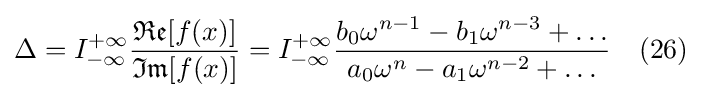
\Delta =I_{-\infty }^{+\infty }{\frac {{\mathfrak {Re}}[f(x)]}{{\mathfrak {Im}}[f(x)]}}=I_{-\infty }^{+\infty }{\frac {b_{0}\omega ^{n-1}-b_{1}\omega ^{n-3}+\ldots }{a_{0}\omega ^{n}-a_{1}\omega ^{n-2}+\ldots }}\quad (26)